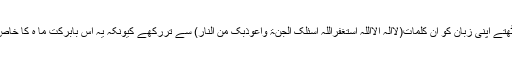
اوراٹھتے بیٹھتے اپنی زبان کو ان کلمات(لاالہ الااللہ استغفراللہ اسئلک الجنۃ واعوذبک من النار) سے تررکھے کیونکہ یہ اس بابرکت ما ہ کا خاص وظیفہ ہے۔